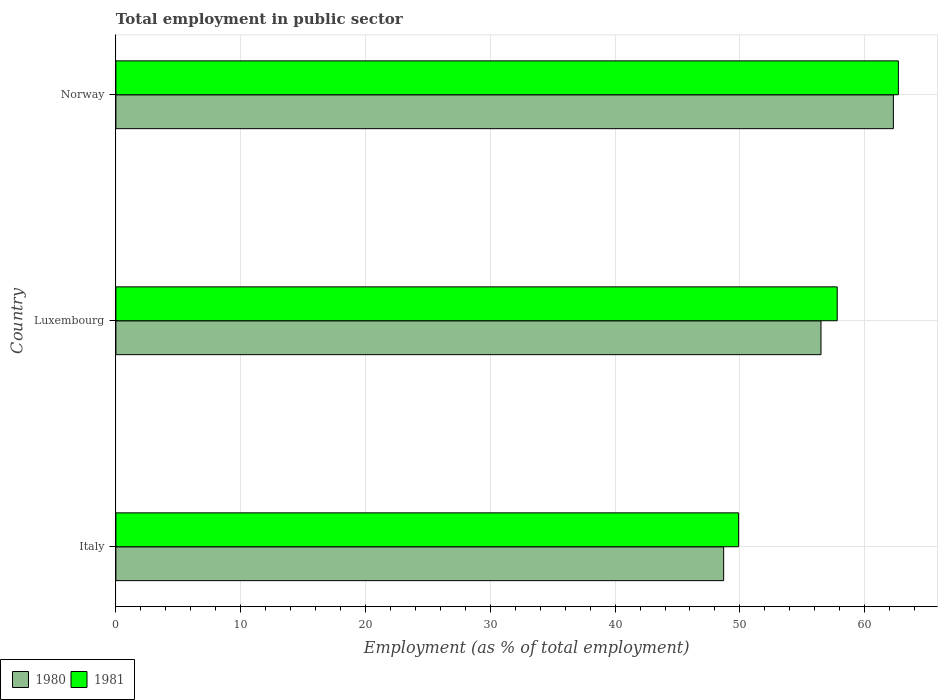
| Country | 1980 | 1981 |
 | --- | --- | --- |
 | Italy | 48.7 | 49.9 |
 | Luxembourg | 56.5 | 57.8 |
 | Norway | 62.3 | 62.7 |